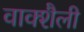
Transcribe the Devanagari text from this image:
वाक्शैली